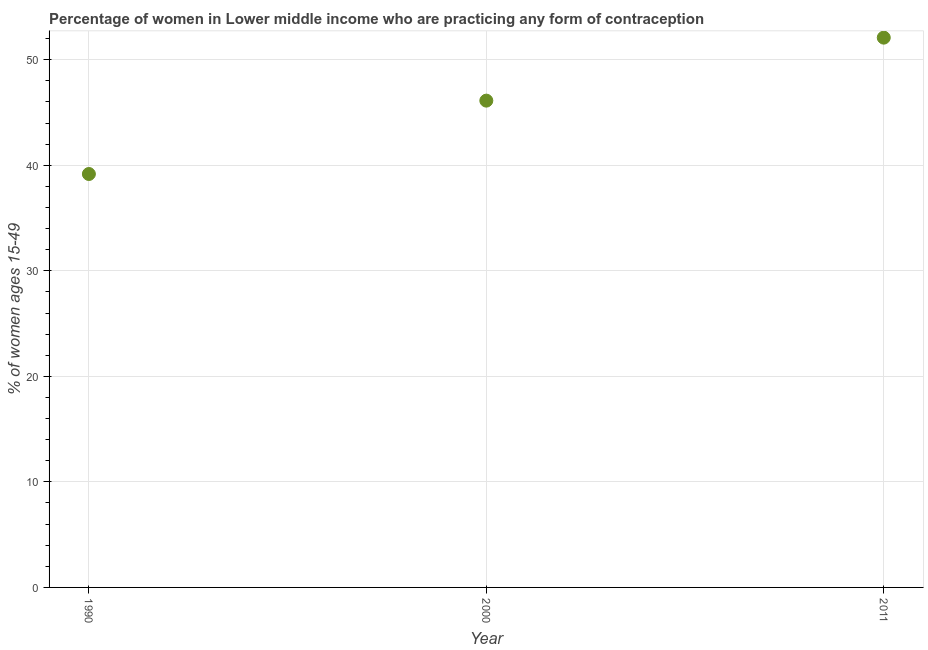
| Year | Contraceptive prevalence |
 | --- | --- |
 | 1990 | 39.2 |
 | 2000 | 46.1 |
 | 2011 | 52.1 |